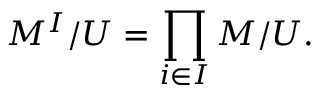
M ^ { I } / U = \prod _ { i \in I } M / U .